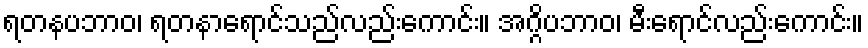
ရတနပဘာဝ၊ ရတနာရောင်သည်လည်းကောင်း။ အဂ္ဂိပဘာဝ၊ မီးရောင်လည်းကောင်း။